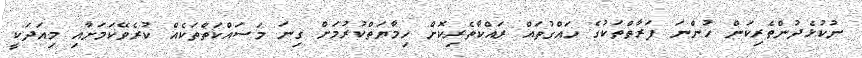
ނުކުޅެދުންތެރިކަން ހުންނަ ފަރާތްތަކުގެ ހައްގުތައް ރައްކާތެރިކޮށް ހިމާޔަތްކުރުމަށް ގިނަ މަސައްކަތްތަކެއް ކުރެވޭކަމަށާއި މިއަދަކީ